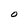
Character: O